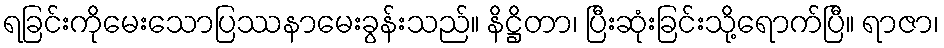
ရခြင်းကိုမေးသောပြဿနာမေးခွန်းသည်။ နိဋ္ဌိတာ၊ ပြီးဆုံးခြင်းသို့ရောက်ပြီ။ ရာဇာ၊